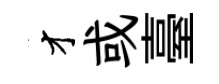
才或臺